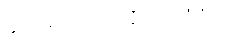
နိုင်ငံတော်အတိုင်ပင်ခံရုံးက